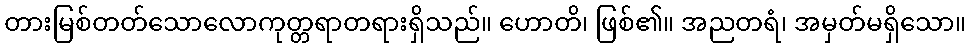
တားမြစ်တတ်သောလောကုတ္တရာတရားရှိသည်။ ဟောတိ၊ ဖြစ်၏။ အညတရံ၊ အမှတ်မရှိသော။